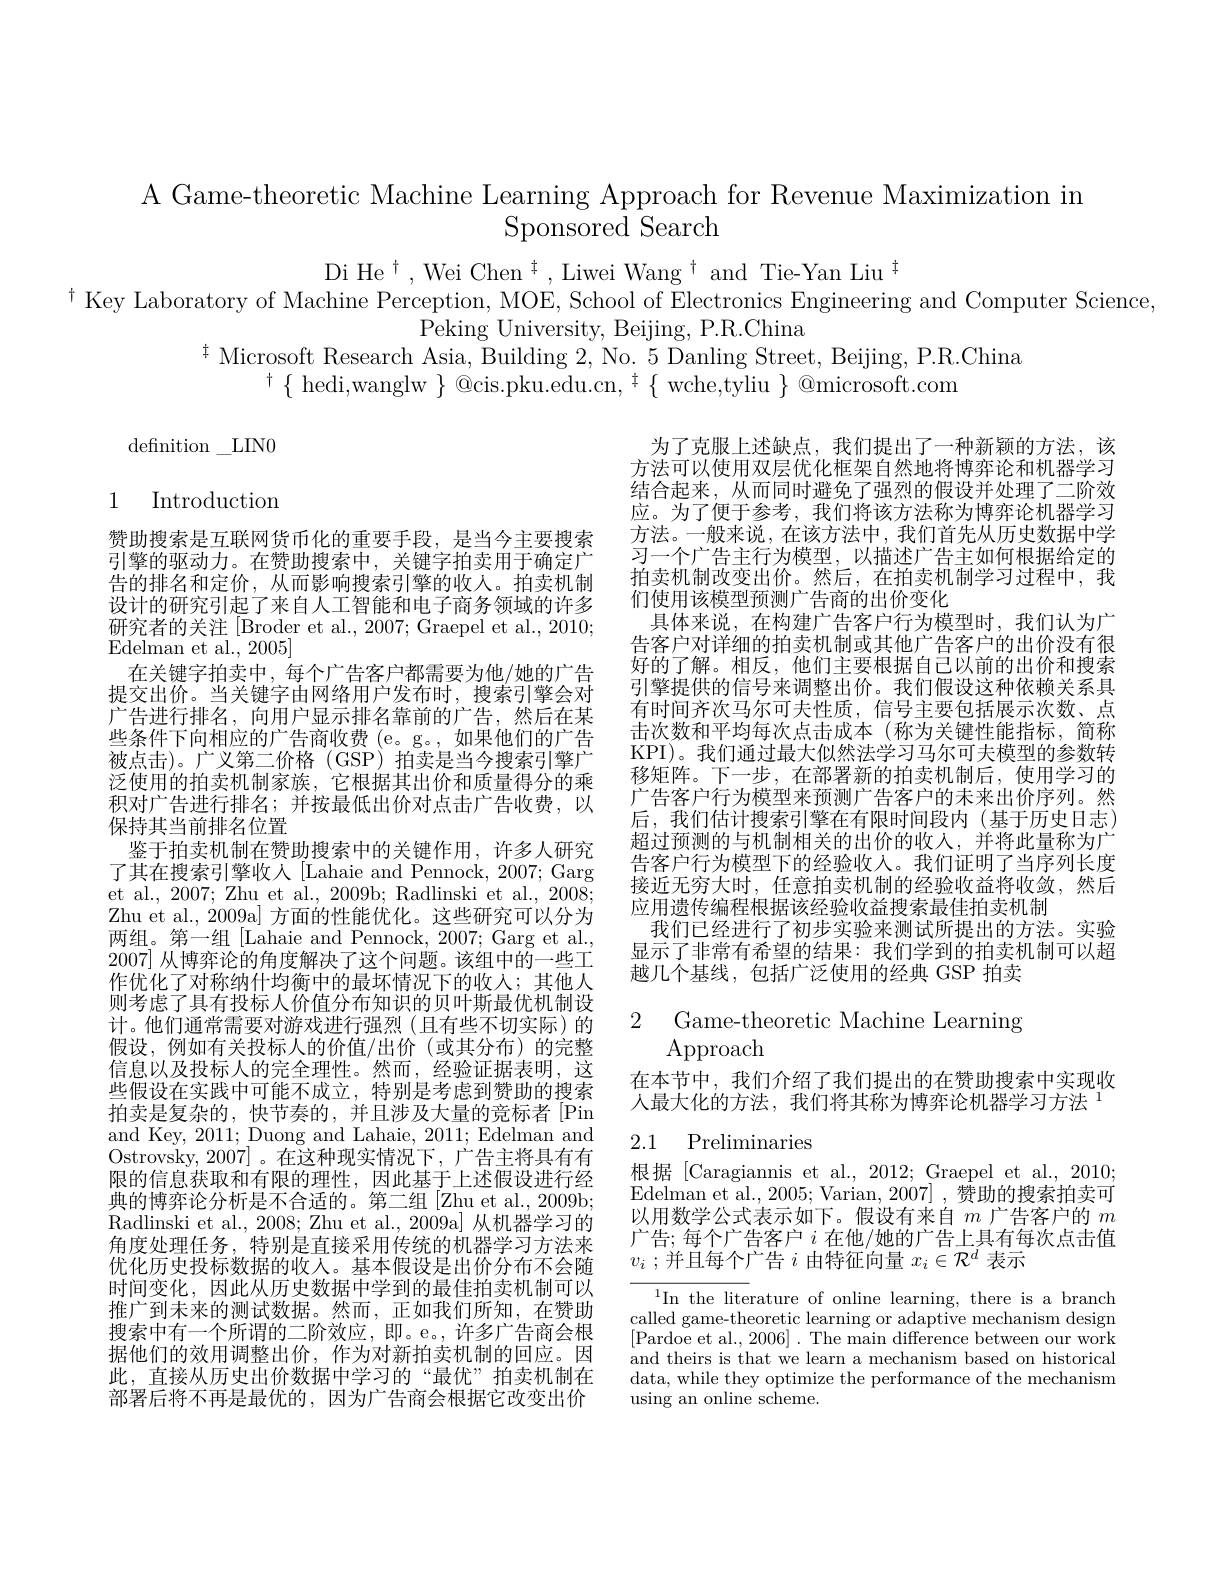
A Game-theoretic Machine Learning Approach for Revenue Maximization in
# Sponsored Search

Di He$^\dagger,\text{Wei Chen}^{\dagger},\text{Liwei Wang}^{\dagger}$and Tie-Yan Liu$^{\dagger}$
$^{\dagger}$ Key Laboratory of Machine Perception, MOE, School of Electronics Engineering and Computer Science,
Peking University, Beijing, P.R.China
$^{\ddagger}$ Microsoft Research Asia, Building 2, No. 5 Danling Street, Beijing, P.R.China
$^{\dagger}\{$hedi,wanglw$\}$@cis.pku.edu.cn,$^{\dagger}\{$wche,tyliu$\}$@microsoft.com

definition$\_$LIN0

1 Introduction

为了克服上述缺点，我们提出了一种新颖的方法，该方法可以使用双层优化框架自然地将博弈论和机器学习结合起来，从而同时避免了强烈的假设并处理了二阶效应。为了便于参考，我们将该方法称为博弈论机器学习方法。一般来说，在该方法中，我们首先从历史数据中学习一个广告主行为模型，以描述广告主如何根据给定的拍卖机制改变出价。然后，在拍卖机制学习过程中，我们使用该模型预测广告商的出价变化
具体来说，在构建广告客户行为模型时，我们认为广告客户对详细的拍卖机制或其他广告客户的出价没有很好的了解。相反，他们主要根据自己以前的出价和搜索引擎提供的信号来调整出价。我们假设这种依赖关系具有时间齐次马尔可夫性质，信号主要包括展示次数、点击次数和平均每次点击成本(称为关键性能指标，简称KPI)。我们通过最大似然法学习马尔可夫模型的参数转移矩阵。下一步，在部署新的拍卖机制后，使用学习的广告客户行为模型来预测广告客户的未来出价序列。然后，我们估计搜索引擎在有限时间段内(基于历史日志) 超过预测的与机制相关的出价的收入，并将此量称为广告客户行为模型下的经验收入。我们证明了当序列长度接近无穷大时，任意拍卖机制的经验收益将收敛，然后应用遗传编程根据该经验收益搜索最佳拍卖机制
我们已经进行了初步实验来测试所提出的方法。实验显示了非常有希望的结果：我们学到的拍卖机制可以超越几个基线，包括广泛使用的经典 GSP 拍卖

赞助搜索是互联网货币化的重要手段，是当今主要搜索引擎的驱动力。在赞助搜索中，关键字拍卖用于确定广告的排名和定价，从而影响搜索引擎的收人。拍卖机制设计的研究引起了来自人工智能和电子商务领域的许多研究者的关注[Broder et al., 2007; Graepel et al., 2010; ${\mathrm{Edelman~et~al.,~2005}}]$
在关键字拍卖中，每个广告客户都需要为他/她的广告提交出价。当关键字由网络用户发布时，搜索引擎会对广告进行排名，向用户显示排名靠前的广告，然后在某些条件下向相应的广告商收费 (e。g。,如果他们的广告被点击)。广义第二价格(GSP)拍卖是当今搜索引擎广泛使用的拍卖机制家族，它根据其出价和质量得分的乘积对广告进行排名；并按最低出价对点击广告收费，以保持其当前排名位置
鉴于拍卖机制在赞助搜索中的关键作用，许多人研究了其在搜索引擎收人 [Lahaie and Pennock, 2007; Garg et al., 2007; Zhu et al., 2009b; Radlinski et al., 2008; Zhu et al., 2009a] 方面的性能优化。这些研究可以分为两组。第一组[Lahaie and Pennock, 2007; Garg et al. 2007] 从博弈论的角度解决了这个问题。该组中的一些工作优化了对称纳什均衡中的最坏情况下的收入；其他人则考虑了具有投标人价值分布知识的贝叶斯最优机制设计。他们通常需要对游戏进行强烈(且有些不切实际)的假设，例如有关投标人的价值/出价(或其分布)的完整信息以及投标人的完全理性。然而，经验证据表明，这些假设在实践中可能不成立，特别是考虑到赞助的搜索拍卖是复杂的，快节奏的，并且涉及大量的竞标者[Pin and Key, 2011; Duong and Lahaie, 2011; Edelman and Ostrovsky,2007]。在这种现实情况下，广告主将具有有限的信息获取和有限的理性，因此基于上述假设进行经典的博弈论分析是不合适的。第二组|Zhu et al., 2009b; Radlinski et al., 2008; Zhu et al., 2009a] 从机器学习的角度处理任务，特别是直接采用传统的机器学习方法来优化历史投标数据的收入。基本假设是出价分布不会随时间变化，因此从历史数据中学到的最佳拍卖机制可以推广到未来的测试数据。然而，正如我们所知，在赞助搜索中有一个所谓的二阶效应，即。e。,许多广告商会根据他们的效用调整出价，作为对新拍卖机制的回应。因此，直接从历史出价数据中学习的“最优”拍卖机制在部署后将不再是最优的，因为广告商会根据它改变出价

2 Game-theoretic Machine Learning
# $\operatorname{Approach}$

在本节中，我们介绍了我们提出的在赞助搜索中实现收人最大化的方法，我们将其称为博弈论机器学习方法 1

## 2.1 Preliminaries

根据 [Caragiannis et al., 2012; Graepel et al., 2010; Edelman et al. , 2005; Varian, 2007],赞助的搜索拍卖可以用数学公式表示如下。假设有来自$m$广告客户的$m$ 广告；每个广告客户$i$在他/她的广告上具有每次点击值$v_i$ ;并且每个广告$i$由特征向量$x_i\in\mathcal{R}^d$表示

$^{1}$In the literature of online learning, there is a branch called game-theoretic learning or adaptive mechanism design [Pardoe et al., 2006]. The main difference between our work and theirs is that we learn a mechanism based on historical data, while they optimize the performance of the mechanism using an online scheme.